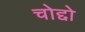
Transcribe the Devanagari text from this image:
चोद्दो